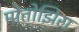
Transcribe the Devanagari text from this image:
मोतोझिरा